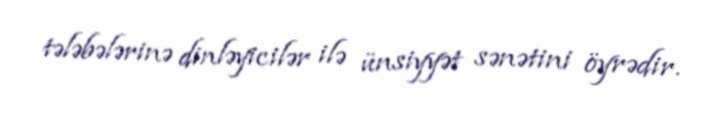
tələbələrinə dinləyicilər ilə ünsiyyət sənətini öyrədir.